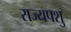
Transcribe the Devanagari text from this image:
राज्यपशु